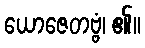
ယောဇေတဗ္ဗံ၊ ၏။